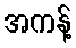
အကန့်